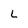
Character: L